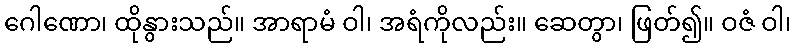
ဂေါဏော၊ ထိုနွားသည်။ အာရာမံ ဝါ၊ အရံကိုလည်း။ ဆေတွာ၊ ဖြတ်၍။ ဝဇံ ဝါ၊